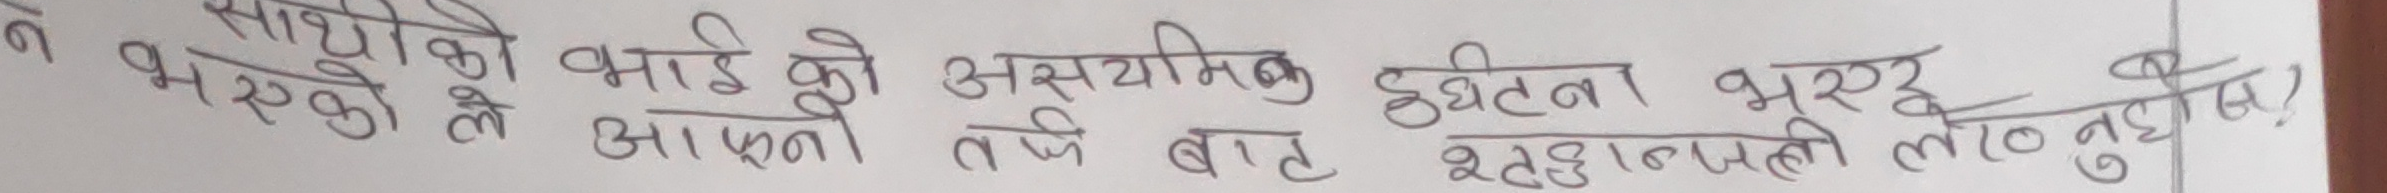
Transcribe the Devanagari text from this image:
भएकोले साथिको भाईको असायमिक दुर्घटना भएर शत्रुलाग्छी लोट्नुभएछ ।